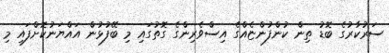
ސަރުކާރުގެ ބޮޑު ތިން ކުންފުންޏެއްގެ އިސްވެރިންގެ ގޮތުގައި މި ބޭފުޅުން އައްޔަނުކޮށްފައި މި